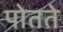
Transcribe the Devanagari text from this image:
पोतते